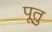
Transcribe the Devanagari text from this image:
पूतु